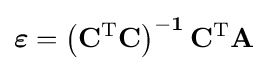
{\boldsymbol {\varepsilon }}=\mathbf {\left(C^{\mathrm {T} }C\right)^{-1}C^{\mathrm {T} }A}